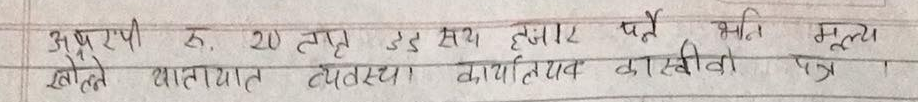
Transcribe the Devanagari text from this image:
अक्षरपी रु. 20 तात उड सथ हजार पर्ने भनि मूल्य
खोल्ने यातायात व्यवस्था कार्यालय कास्वीवो पत्र ।